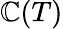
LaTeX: \mathbb{C}(T)